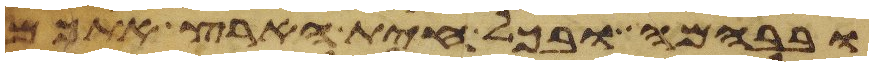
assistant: ובבהמה ובכל חית הארץ אתכם